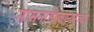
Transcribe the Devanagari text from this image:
सामनाधिकार्‍याच्या